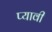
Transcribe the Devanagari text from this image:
प्यावी